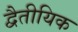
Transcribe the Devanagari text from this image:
द्वैतीयिक